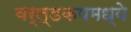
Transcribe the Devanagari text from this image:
वर्ल्डकपमध्ये